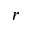
r